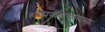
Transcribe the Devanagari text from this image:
रुक्मिणीस्वयंवराच्या